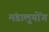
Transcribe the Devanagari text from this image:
मंडालुयोंग